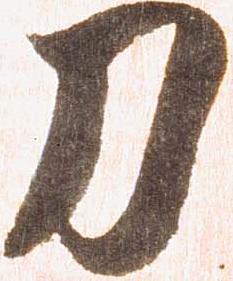
刀